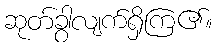
ဆုတ်ခွာလျက်ရှိကြ၏။